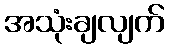
အသုံးချလျက်